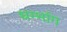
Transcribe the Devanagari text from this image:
धर्म्भाग